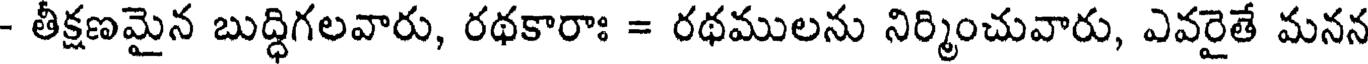
- తీక్షణమైన బుద్ధిగలవారు, రథకారాః = రథములను నిర్మించువారు, ఎవరైతే మనన